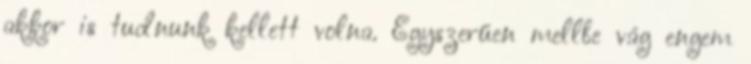
akkor is tudnunk kellett volna. Egyszerűen mellbe vág engem